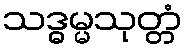
သဒ္ဓမ္မသုတ္တံ